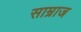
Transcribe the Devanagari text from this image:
साम्राज